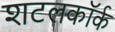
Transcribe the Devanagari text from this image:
शटलकॉर्क